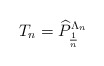
\begin{align*}T_{n}=\widehat{P}_{\frac{1}{n}}^{\Lambda _{n}}\end{align*}